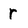
Character: r